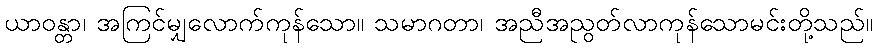
ယာဝန္တာ၊ အကြင်မျှလောက်ကုန်သော။ သမာဂတာ၊ အညီအညွတ်လာကုန်သောမင်းတို့သည်။